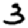
Digit: 3